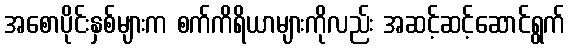
အစောပိုင်းနှစ်များက စက်ကိရိယာများကိုလည်း အဆင့်ဆင့်ဆောင်ရွက်